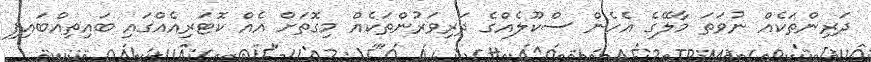
ދަރިންތަކެއް ނުވަތަ މާލޭގެ އެހެން ސްކޫލެއްގެ ދަރިވަރުންތަކެއް މިގޮތަށް އެއް ކޮޓަރިއެއްގައި ބައިތިއްބައިފި